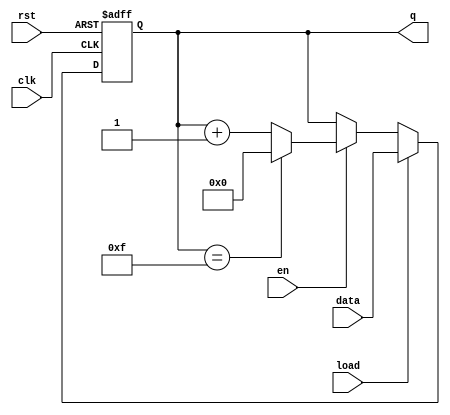
module synchronous_counter #(
    parameter WIDTH = 4,        // Width of the counter (4 bits for BCD or binary)
    parameter MAX_COUNT = 15    // Maximum count value for a 4-bit counter
)(
    input wire clk,             // Clock input
    input wire rst,             // Asynchronous reset
    input wire en,              // Enable input
    input wire load,            // Load input
    input wire [WIDTH-1:0] data,// Load value input
    output reg [WIDTH-1:0] q    // Current count output
);

    // Always block triggered on the rising edge of the clock
    always @(posedge clk or posedge rst) begin
        if (rst) begin
            // Asynchronous reset
            q <= 0;
        end else if (load) begin
            // Load the specified value into the counter
            q <= data;
        end else if (en) begin
            // Increment the counter if enabled
            if (q == MAX_COUNT) begin
                q <= 0; // Wrap around
            end else begin
                q <= q + 1; // Increment
            end
        end
    end

endmodule